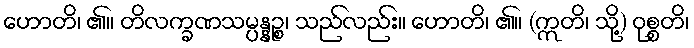
ဟောတိ၊ ၏။ တိလက္ခဏသမ္ပန္နဉ္စ၊ သည်လည်း။ ဟောတိ၊ ၏။ (ဣတိ၊ သို့) ဝုစ္စတိ၊